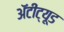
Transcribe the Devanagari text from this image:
अॅटीट्यूड